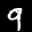
Label: 9